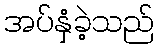
အပ်နှံခဲ့သည်